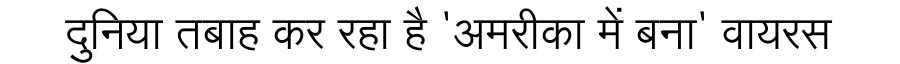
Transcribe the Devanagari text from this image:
दुनिया तबाह कर रहा है 'अमरीका में बना' वायरस